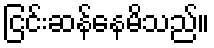
ငြင်းဆန်နေမိသည်။